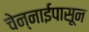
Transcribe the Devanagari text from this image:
चेन्नाईपासून